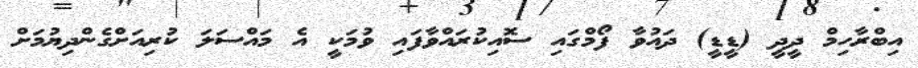
އިބްރާހިމް ދީދީ (ޑީޑީ) ދައުވާ ފޯމްގައި ސޮއިކުރައްވާފައި ވުމަކީ އެ މައްސަލަ ކުރިއަށްގެންދިޔުމަށް